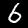
Digit: 6